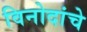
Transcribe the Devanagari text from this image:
विनोदांचे